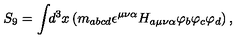
S _ { 9 } = \int \! \! d ^ { 3 } x \left( m _ { a b c d } \epsilon ^ { \mu \nu \alpha } H _ { a \mu \nu \alpha } \varphi _ { b } \varphi _ { c } \varphi _ { d } \right) ,